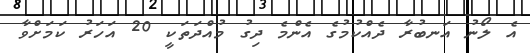
އެ ލޯނު އަނބުރާ ދެއްކުމުގެ އެންމެ ދިގު މުއްދަތަކީ 20 އަހަރު ކަމަށްވާ